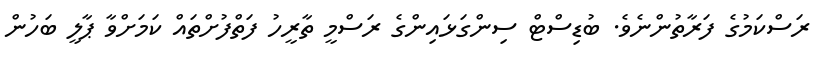
ރަސްކަމުގެ ފަރާތުންނެވެ. ބުޑިސްޓް ސިންގަޅައިންގެ ރަސްމީ ތާރީހު ފަތްފުށްތައް ކަމަށްވާ ޕާލީ ބަހުން